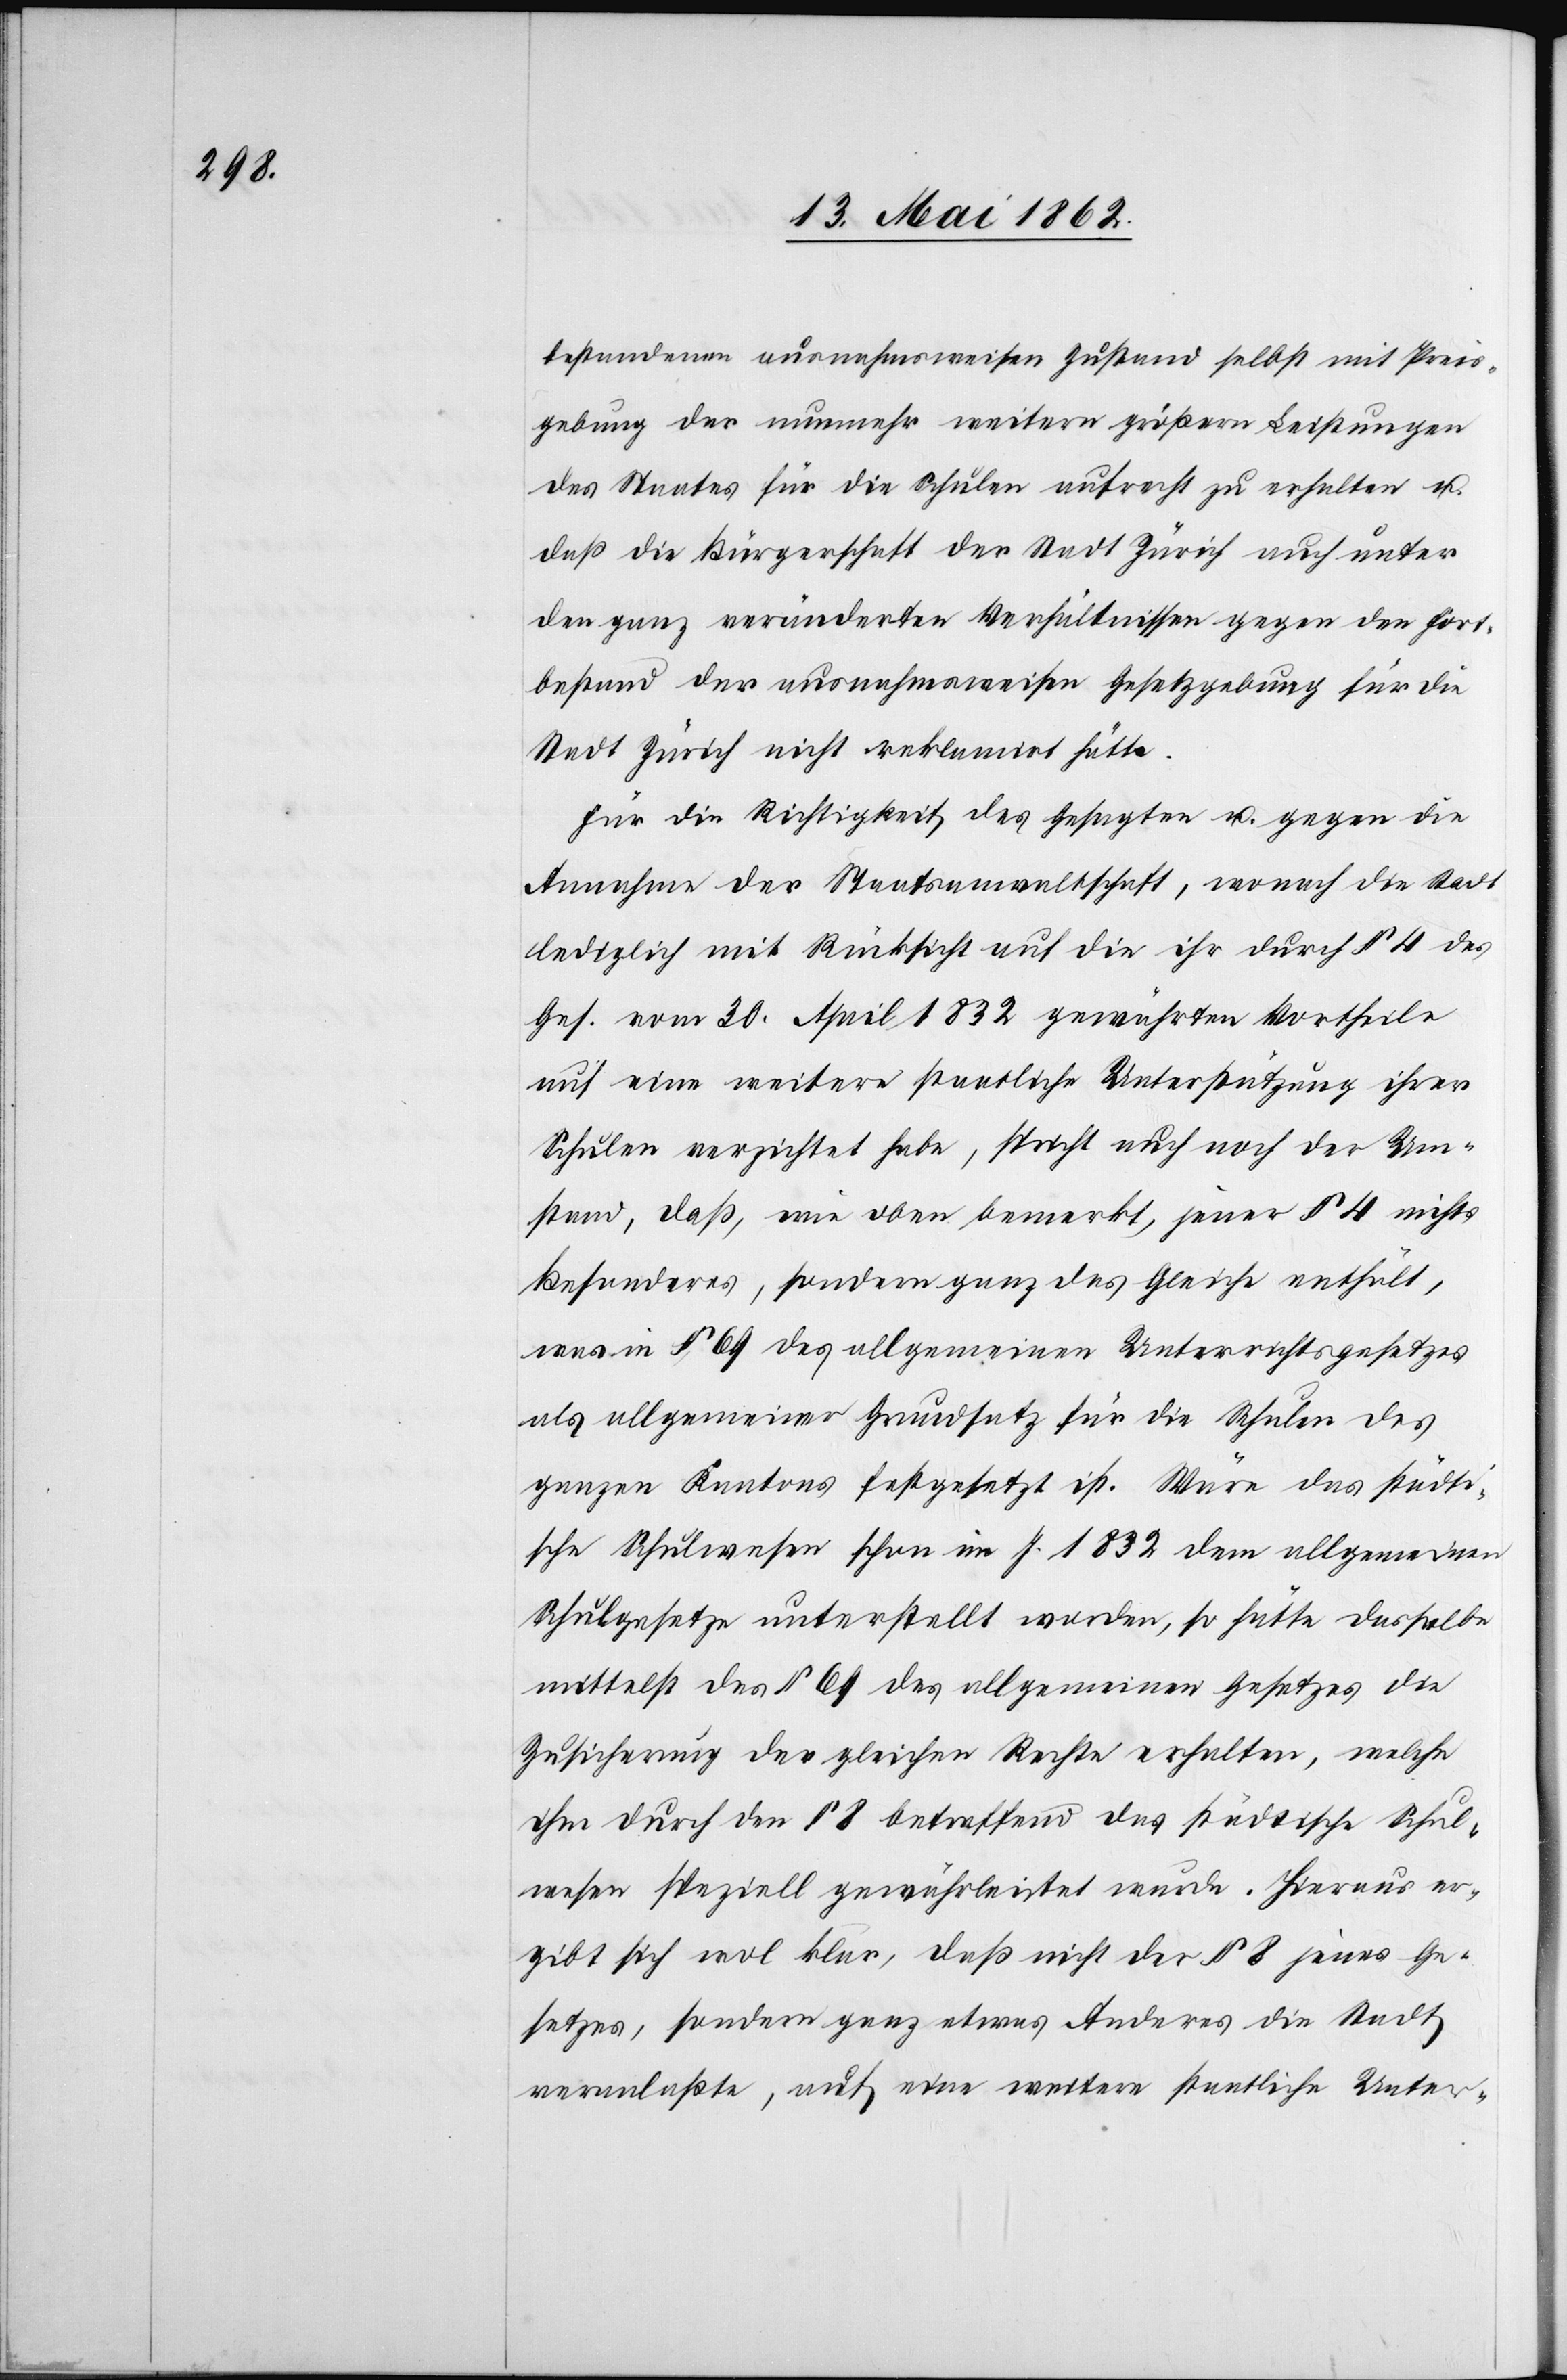
bestandenen ausnahmsweisen Zustand selbst mit Preis¬
gebung der nunmehr weitern größern Leistungen
des Staates für die Schulen aufrecht zu erhalten u.
daß die Bürgerschaft der Stadt Zürich auch unter
den ganz veränderten Verhältnissen gegen den Fort¬
bestand der ausnahmsweisen Gesetzgebung für die
Stadt Zürich nicht reklamirt hätte.
Für die Richtigkeit des Gesagten u. gegen die
Annahme der Staatsanwaltschaft, wonach die Stadt
lediglich mit Rücksicht auf die ihr durch § 4 das
Ges. vom 30. April 1832 gewährten Vortheile
auf eine weitere staatliche Unterstützung ihrer
Schulen verzichtet habe, spricht auch noch der Um¬
stand, daß, wie oben bemerkt, jener § 4 nichts
Besonderes, sondern ganz das Gleiche enthält,
was in § 69 des allgemeinen Unterrichtsgesetzes
als allgemeiner Grundsatz für die Schulen des
ganzen Kantons festgesetzt ist. Wäre das städti¬
sche Schulwesen schon im J. 1832 dem allgemeinen
Schulgesetze unterstellt worden, so hätte dasselbe
mittelst des § 69 des allgemeinen Gesetzes die
Zusicherung der gleichen Rechte erhalten, welche
ihm durch den § 8 betreffend das städtische Schul¬
wesen speziell gewährleistet wurde. Hieraus er¬
gibt sich wol klar, daß nicht der § 8 jenes Ge¬
setzes, sondern ganz etwas Anderes die Stadt
veranlaßte, auf eine weitere staatliche Unter-